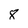
Character: 8